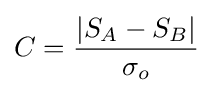
C={\frac {|S_{A}-S_{B}|}{\sigma _{o}}}